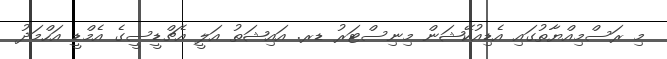
މި ރަސްމިއްޔާތުގައި އެޑިއުކޭޝަން މިނިސްޓަރު ޑރ. އައިޝަތު އަލީ އެޗްޑީސީގެ އެމްޑީ އަހްމަދު